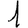
Digit: 1